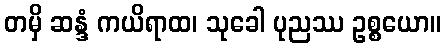
တမှိ ဆန္ဒံ ကယိရာထ၊ သုခေါ ပုညဿ ဥစ္စယော။